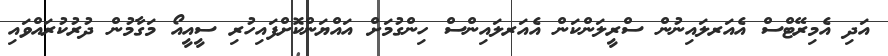
އަދި އެމިރޭޓްސް އެއަރލައިނުން ސްރީލަންކަން އެއަރލައިންސް ހިންގުމަށް އައްޔަންކޮށްފައިހުރި ސީއީއޯ މަގާމުން ދުރުކުރައްވައި